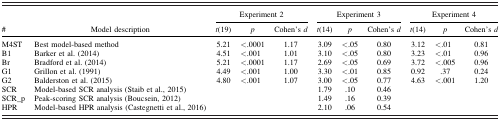
|  |  | <COLSPAN=3> Experiment 2 | <COLSPAN=3> Experiment 3 | <COLSPAN=3> Experiment 4 |
 | # | Model description | t(19) | p | Cohen's d | t(14) | p | Cohen's d | t(14) | p | Cohen's d |
 | --- | --- | --- | --- | --- | --- | --- | --- | --- | --- | --- |
 | M4ST | Best model‐based method | 5.21 | <.0001 | 1.17 | 3.09 | <.05 | 0.80 | 3.12 | <.01 | 0.81 |
 | B1 | Barker et al. (2014) | 4.51 | <.001 | 1.01 | 3.10 | <.05 | 0.80 | 3.23 | <.01 | 0.96 |
 | Br | Bradford et al. (2014) | 5.21 | <.0001 | 1.17 | 2.69 | <.05 | 0.69 | 3.72 | <.005 | 0.96 |
 | G1 | Grillon et al. (1991) | 4.49 | <.001 | 1.00 | 3.30 | <.01 | 0.85 | 0.92 | .37 | 0.24 |
 | G2 | Balderston et al. (2015) | 4.80 | <.001 | 1.07 | 3.00 | <.05 | 0.77 | 4.63 | <.001 | 1.20 |
 | SCR | Model‐based SCR analysis (Staib et al., 2015) |  |  |  | 1.79 | .10 | 0.46 |  |  |  |
 | SCR_p | Peak‐scoring SCR analysis (Boucsein, 2012) |  |  |  | 1.49 | .16 | 0.39 |  |  |  |
 | HPR | Model‐based HPR analysis (Castegnetti et al., 2016) |  |  |  | 2.10 | .06 | 0.54 |  |  |  |